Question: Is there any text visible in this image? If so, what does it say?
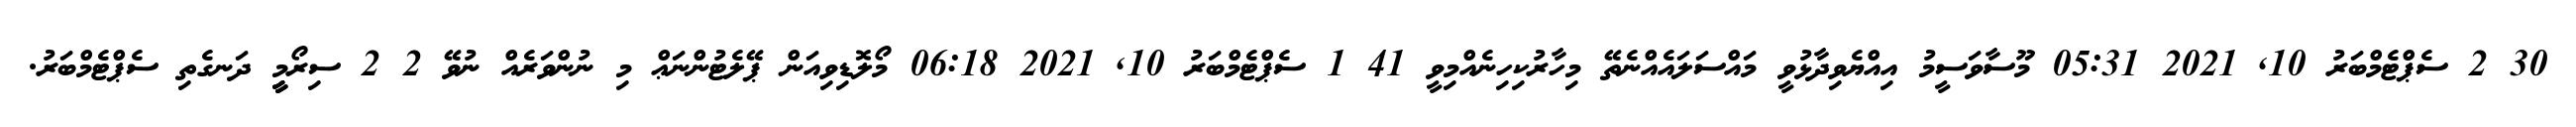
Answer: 30 2 ސެޕްޓެމްބަރު 10, 2021 05:31 މޫސާވަސީމު އިއްޔެވިދާޅުވީ މައްސަލައެއްނެތޭ މިހާރުކިހިނެއްމިވީ 41 1 ސެޕްޓެމްބަރު 10, 2021 06:18 މޯލޮޑިވިއަން ޕޭލެޓުންނަޢް މި ނުންވަރެއް ނުވޭ 2 2 ސިރޯމީީީ ދަނގެތި ސެޕްޓެމްބަރު.